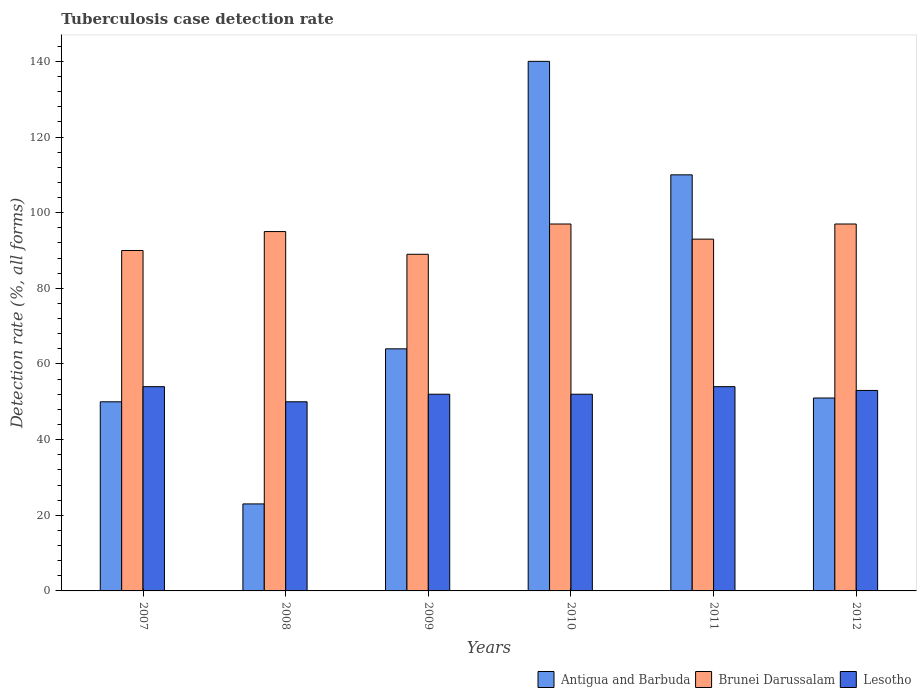
| Years | Antigua and Barbuda | Brunei Darussalam | Lesotho |
 | --- | --- | --- | --- |
 | 2007 | 50 | 90 | 54 |
 | 2008 | 23 | 95 | 50 |
 | 2009 | 64 | 89 | 52 |
 | 2010 | 140 | 97 | 52 |
 | 2011 | 110 | 93 | 54 |
 | 2012 | 51 | 97 | 53 |